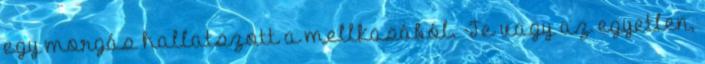
egy morgás hallatszott a mellkasából. -Te vagy az egyetlen,